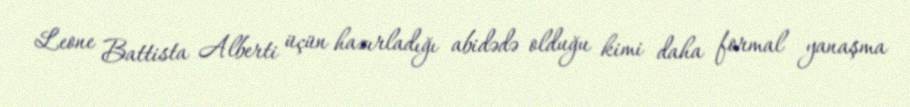
Leone Battista Alberti üçün hazırladığı abidədə olduğu kimi daha formal yanaşma